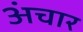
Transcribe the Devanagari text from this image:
अंचार